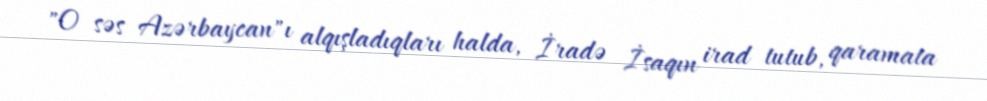
"O səs Azərbaycan"ı alqışladıqları halda, İradə İsaqın irad tutub, qaramata